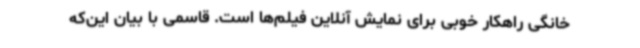
خانگی راهکار خوبی برای نمایش آنلاین فیلم‌ها است. قاسمی با بیان این‌که